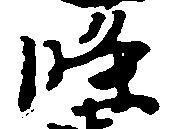
条